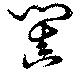
闐